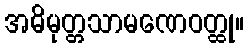
အဓိမုတ္တသာမဏေဝတ္ထု။